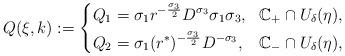
LaTeX: \begin{align*} Q(\xi,k):=\left\{ \begin{aligned} &Q_1=\sigma_1r^{-\frac{\sigma_3}{2}}D^{\sigma_3}\sigma_1\sigma_3, &\mathbb{C}_{+}\cap U_\delta(\eta), \\ &Q_2=\sigma_1(r^*)^{-\frac{\sigma_3}{2}}D^{-\sigma_3}, &\mathbb{C}_{-}\cap U_\delta(\eta),\\ \end{aligned} \right.\end{align*}